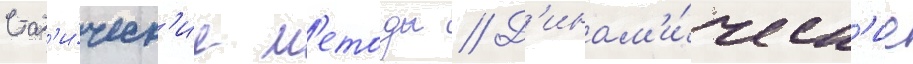
Стат'и́ческ'ие м'етоды // Д'инам'и́ческ'ие